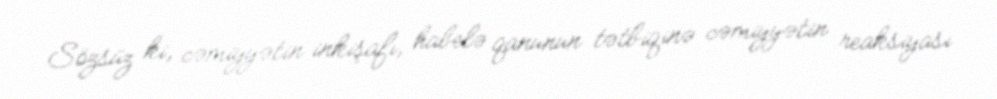
Sözsüz ki, cəmiyyətin inkişafı, habelə qanunun tətbiqinə cəmiyyətin reaksiyası